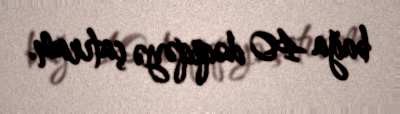
bağa 40 dəqiqəyə çatıram.